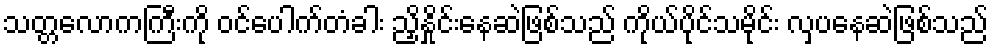
သတ္တလောကကြီးကို ဝင်ပေါက်တံခါး ညှိနှိုင်းနေဆဲဖြစ်သည် ကိုယ်ပိုင်သမိုင်း လှပနေဆဲဖြစ်သည်